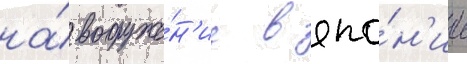
на́ вооруже́н'ие в япо́н'ии